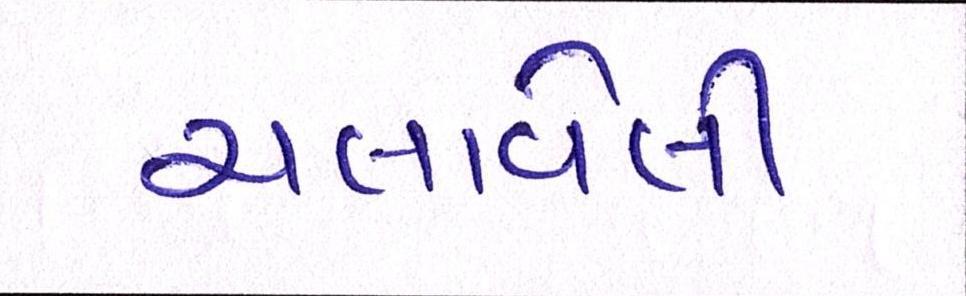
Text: ચલાવેલી